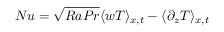
N u = \sqrt { R a P r } \langle w T \rangle _ { x , t } - \langle \partial _ { z } T \rangle _ { x , t }